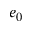
e _ { 0 }